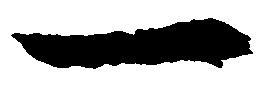
一